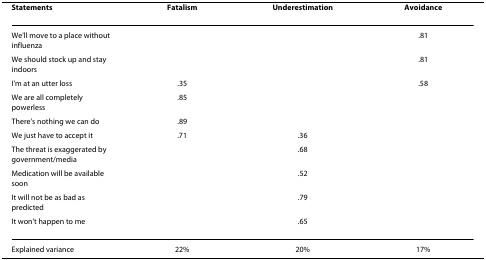
<table><thead><tr><td><b>Statements</b></td><td><b>Fatalism</b></td><td><b>Underestimation</b></td><td><b>Avoidance</b></td></tr></thead><tbody><tr><td>We&#x27;ll move to a place without influenza</td><td></td><td></td><td>.81</td></tr><tr><td>We should stock up and stay indoors</td><td></td><td></td><td>.81</td></tr><tr><td>I&#x27;m at an utter loss</td><td>.35</td><td></td><td>.58</td></tr><tr><td>We are all completely powerless</td><td>.85</td><td></td><td></td></tr><tr><td>There&#x27;s nothing we can do</td><td>.89</td><td></td><td></td></tr><tr><td>We just have to accept it</td><td>.71</td><td>.36</td><td></td></tr><tr><td>The threat is exaggerated by government/media</td><td></td><td>.68</td><td></td></tr><tr><td>Medication will be available soon</td><td></td><td>.52</td><td></td></tr><tr><td>It will not be as bad as predicted</td><td></td><td>.79</td><td></td></tr><tr><td>It won&#x27;t happen to me</td><td></td><td>.65</td><td></td></tr><tr><td>Explained variance</td><td>22%</td><td>20%</td><td>17%</td></tr></tbody></table>